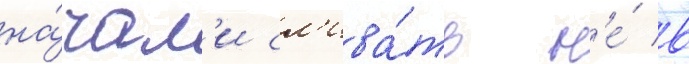
на́чал'и сл'ива́ть н'е́ в